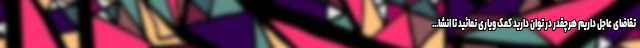
تقاضای عاجل داریم هرچقدر در توان دارید کمک ویاری نمائید تا انشا...